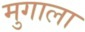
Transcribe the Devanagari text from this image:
मुगाला